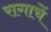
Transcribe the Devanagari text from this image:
रागाचें